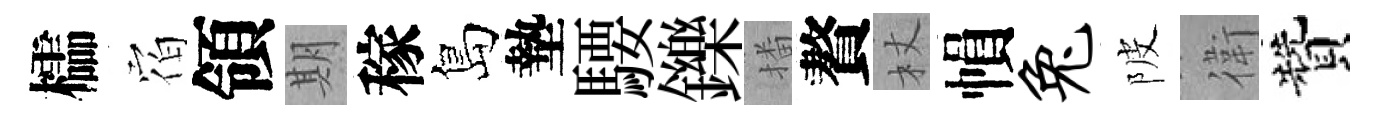
櫺𪧐領期稼島墊騕鑠播贅杖𢄙兔陂衛贊